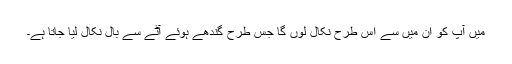
میں آپ کو ان میں سے اس طرح نکال لوں گا جس طرح گندھے ہوئے آٹے سے بال نکال لیا جاتا ہے۔